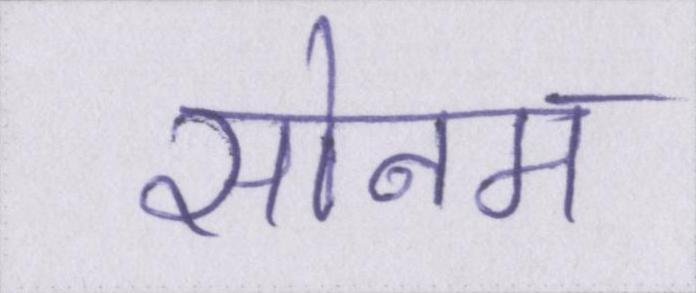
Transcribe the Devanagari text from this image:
सोनम